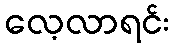
လေ့လာရင်း